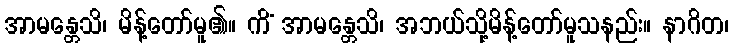
အာမန္တေသိ၊ မိန့်တော်မူ၏။ ကိံ အာမန္တေသိ၊ အဘယ်သို့မိန့်တော်မူသနည်း။ နာဂိတ၊